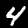
Digit: 4